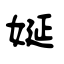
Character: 娫